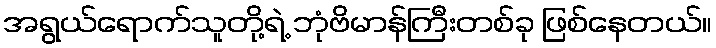
အရွယ်ရောက်သူတို့ရဲ့ ဘုံဗိမာန်ကြီးတစ်ခု ဖြစ်နေတယ်။